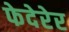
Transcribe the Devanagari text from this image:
फेदेरेर